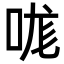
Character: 哤